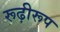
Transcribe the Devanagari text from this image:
रूढ़ीरूप